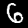
Digit: 6